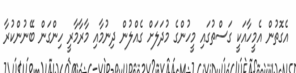
އެގޮތުން އެމީހާއަކީ ގަސްތުގައި މީހުންގެ މުދަލަށް ގެއްލުން ދިނުމާއި މާރާމާރީ ހިންގަން ބޭނުންކުރާ